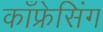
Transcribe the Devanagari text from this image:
काँफ्रेसिंग